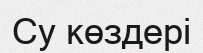
Су көздері